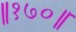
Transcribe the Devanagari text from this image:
॥१७०॥